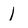
Character: 1